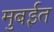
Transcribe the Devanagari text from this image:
मुबईत